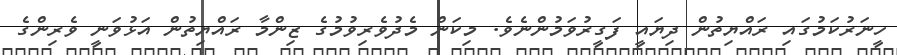
ހީނަރުކަމުގައި ރައްޔިތުން ދިޔައީ ފަގީރުވަމުންނެވެ. މިކަން މެދުވެރިވުމުގެ ޒިންމާ ރައްޔިތުން އަޅުވަނީ ވެރިންގެ